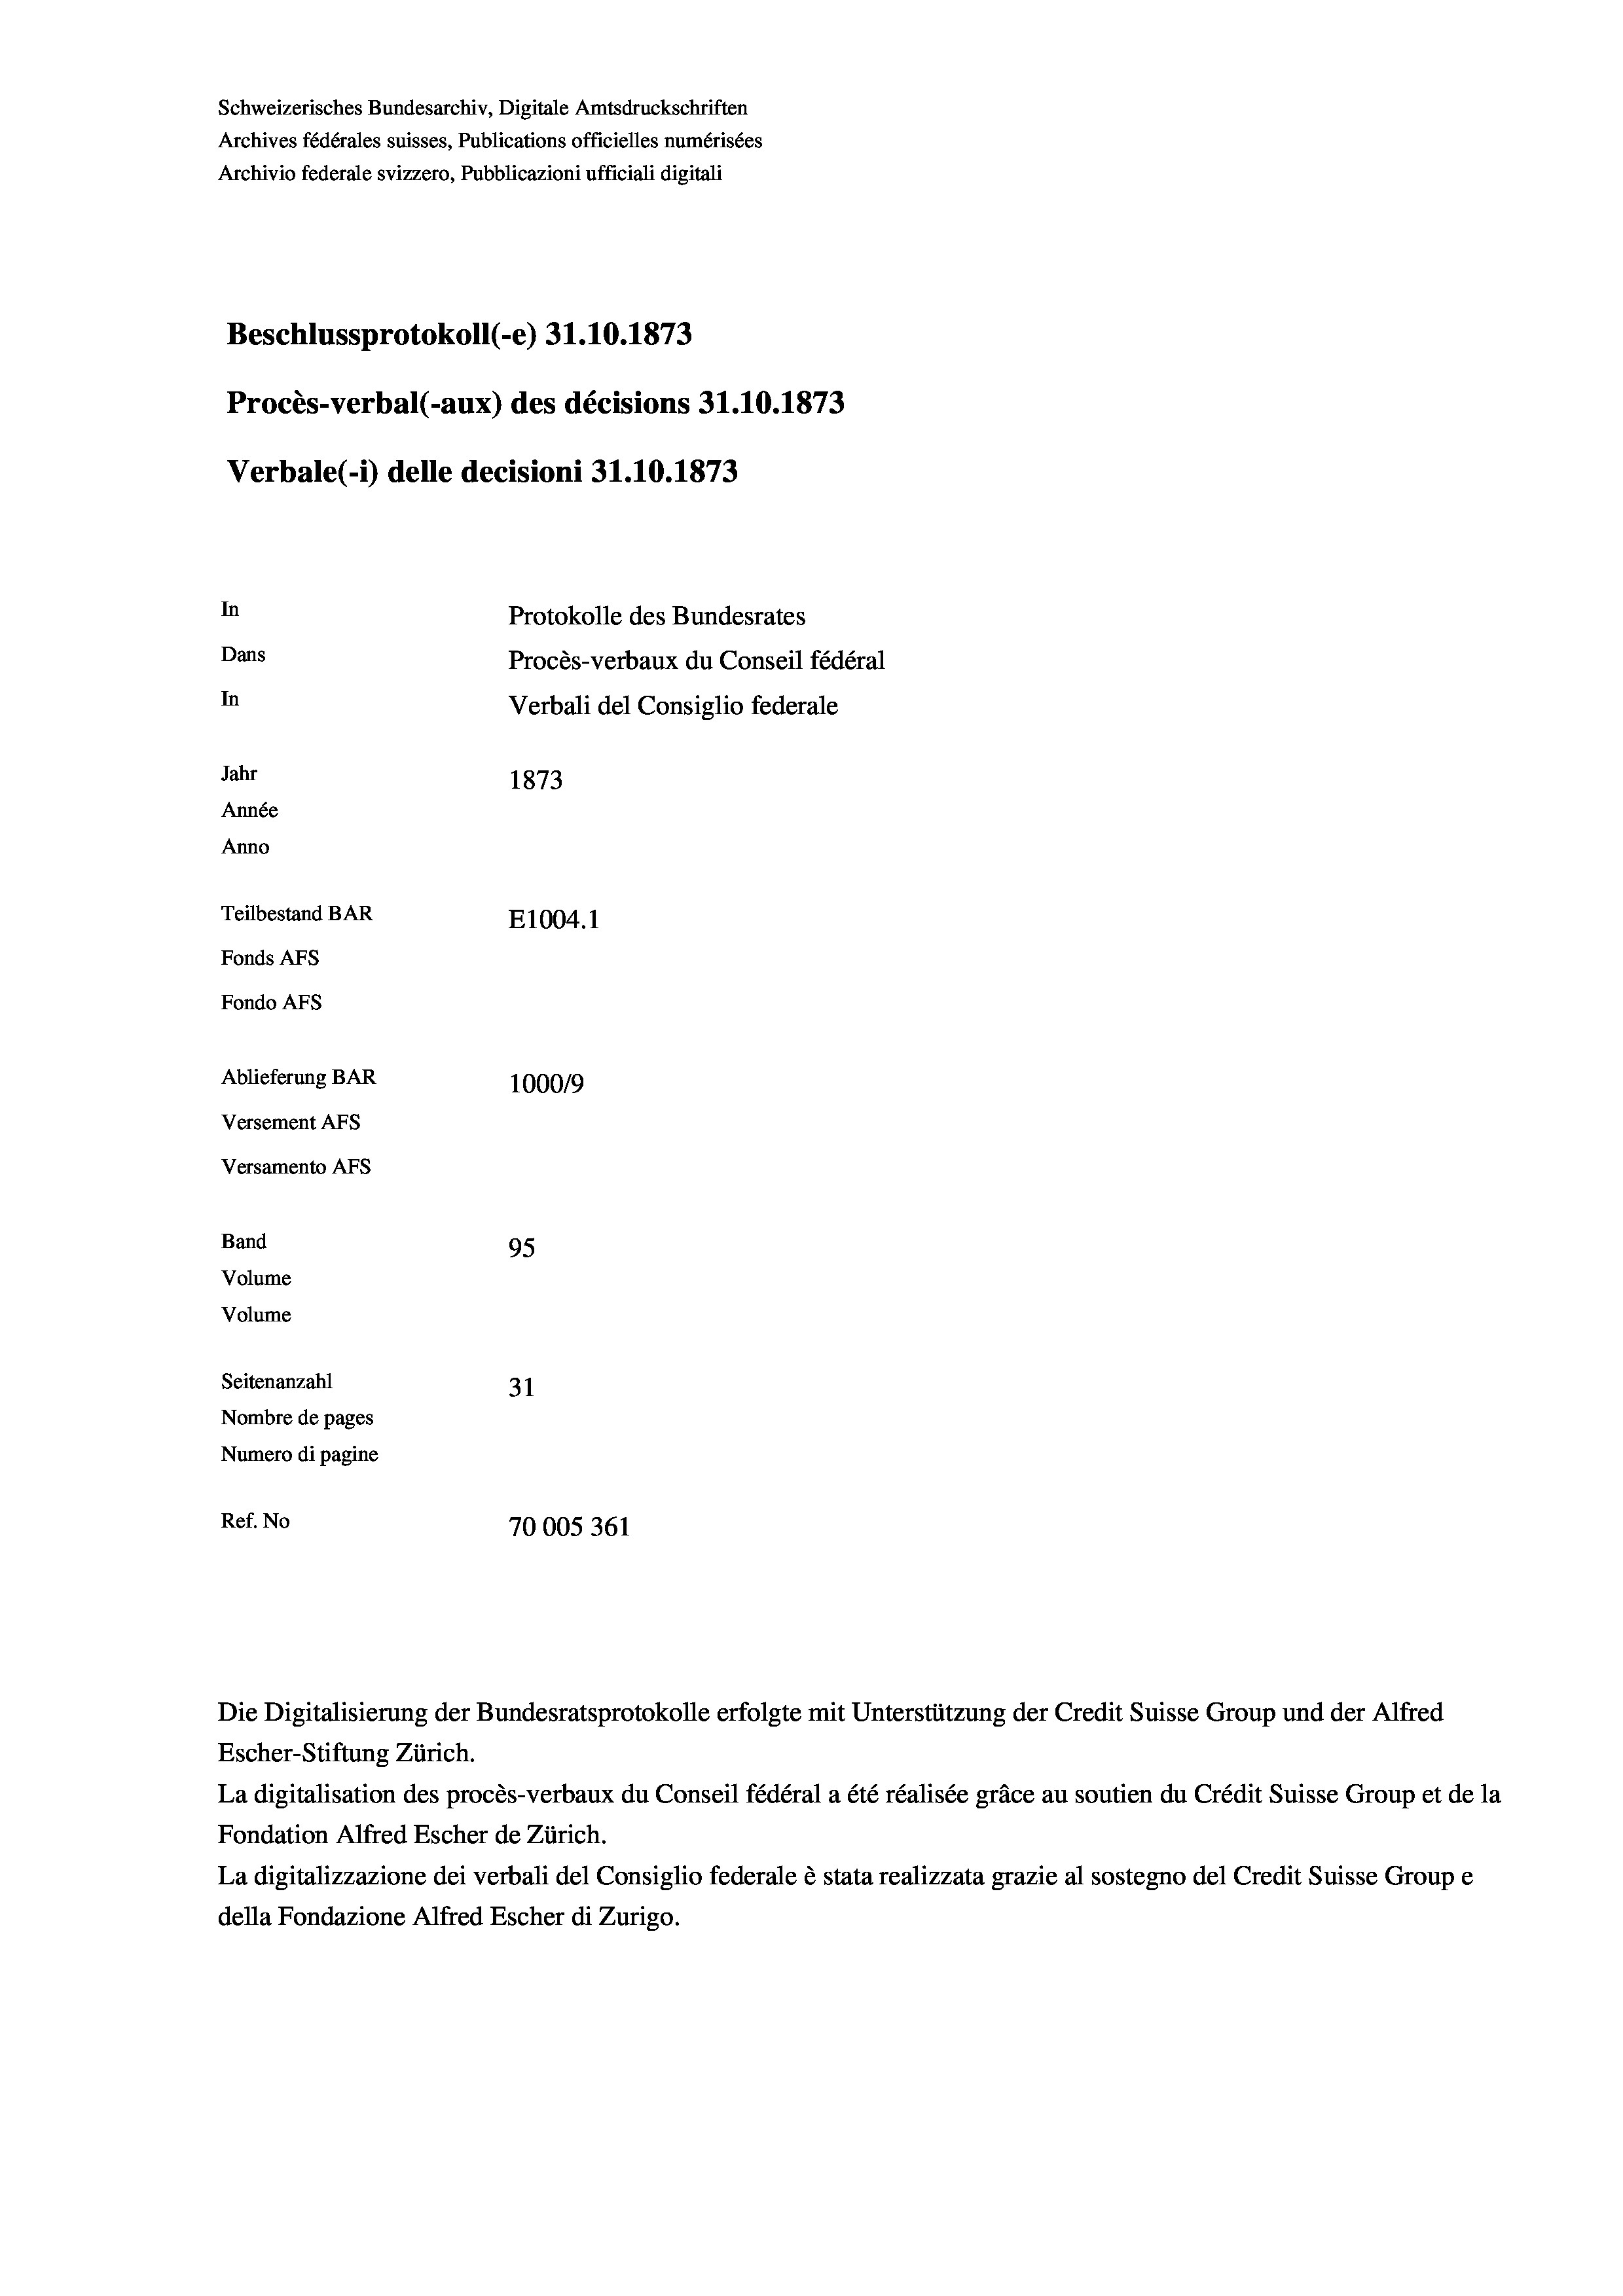
Schweizerisches Bundesarchiv, Digitale Amtsdruckschriften
Archives fédérales suisses, Publications officielles numérisées
Archivio federale svizzero, Pubblicazioni ufficiali digitali
Beschlussprotokoll (-e) 31.10.1873
Procès-verbal (-aux) des décisions 31.10.1873
Verbale (- 1) delle decisioni 31.10.1873
In
Protokolle des Bundesrates
Dans
Procès-verbaux du Conseil fédéral
In
Verbali del Consiglio federale
Jahr
1873
Année
Anno
Teilbestand BAR
E1004. 1
Fonds AFs
Fondo Afs
Ablieferung BAR
100019
Versement Abs
Versamento Afs

95
Seitenanzahl
31
Nombre de pages
Numero di pagine
Ref. No
70005361

Band
Volume

Volume

Die Digitalisierung der Bundesratsprotokolle erfolgte mit Unterstützung der Credit Suisse Group und der Alfred
Escher-Stiftung Zürich.
La digitalisation des procès-verbaux du Conseil fédéral a été réalisée gräce au soutien du Crédit Suisse Group et de la
Fondation Alfred Escher de Zürich.
La digitalizzazione dei verbali del Consiglio federale è stata realizzata grazie al sostegno del Credit Suisse Groupe
della Fondazione Alfred Escher di Zurigo.